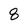
Character: 8